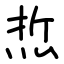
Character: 焎